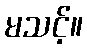
မသင့်။